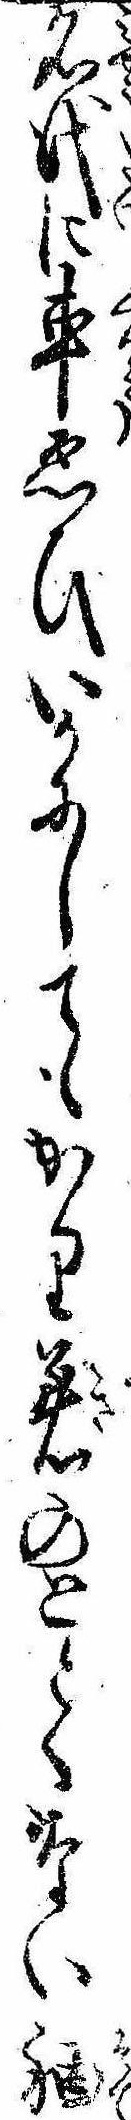
名代に車ゑひいかにしてもかり着のことくない袖